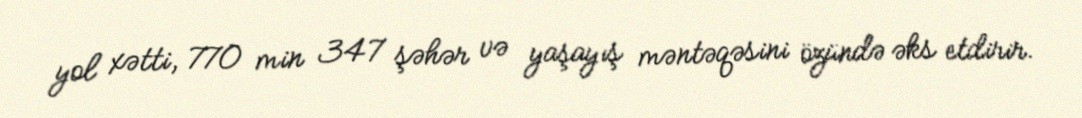
yol xətti, 770 min 347 şəhər və yaşayış məntəqəsini özündə əks etdirir.